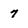
Character: 7